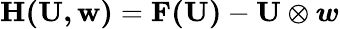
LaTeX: \mathbf{H(\mathbf{U},\boldsymbol{w})}=\mathbf{F(\mathbf{U})}-\mathbf{U}\otimes\boldsymbol{w}